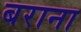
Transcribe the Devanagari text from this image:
बराना